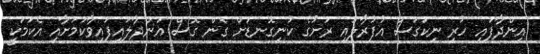
އިންދާފައި ހުރި ނިކަގަސް އުފުރާލައި ރަށުގެ ކުނިގޮނޑަށް ގެން ގޮސް އަންދާލައިފައިވާކަމަށާއި އެކަމަކީ